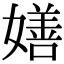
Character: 嫸